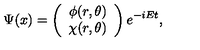
\Psi ( x ) = \left( \begin{array} { c } { \phi ( r , \theta ) } \\ { \chi ( r , \theta ) } \\ \end{array} \right) e ^ { - i E t } ,